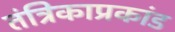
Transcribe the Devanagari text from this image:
तंत्रिकाप्रकांड